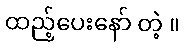
ထည့်ပေးနော် တဲ့ ။